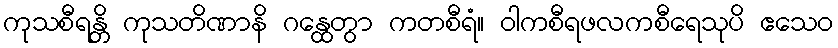
ကုသစီရန္တိ ကုသတိဏာနိ ဂန္ထေတွာ ကတစီရံ။ ဝါကစီရဖလကစီရေသုပိ ဧသေဝ